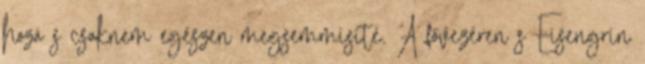
hozá s csaknem egészen megsemmisíté. A fővezéren s Eisengrin